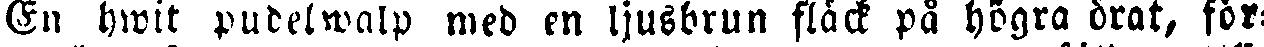
En hwit pubelwalp med en ljusbrun fläck på högra drat, för: